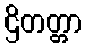
ဌိတတ္တာ